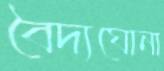
বৈদ্যঘোনা